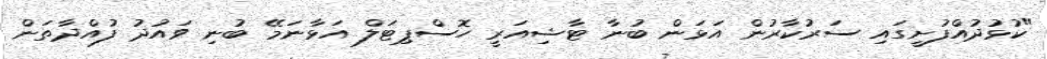
"ކުޅުދުއްފުށީގައި ސަރުކާރުން އަޅަން ބުނާ ޓާޝިއަރީ ހޮސްޕިޓަލް އަޅާނަމޭ ބުނި ވައުދު ފުއްދާތަން